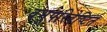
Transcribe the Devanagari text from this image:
वभूपरिवेष्टित